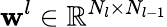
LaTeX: \mathbf{w}^{l}\in\mathbb{R}^{N_{l}\times N_{l-1}}